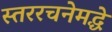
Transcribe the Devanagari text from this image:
स्तररचनेमद्धे